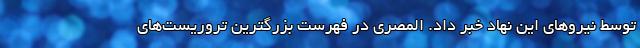
توسط نیروهای این نهاد خبر داد. المصری در فهرست بزرگترین تروریست‌های